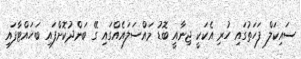
ސައިކަލް ފަހަތުގައި ހުރި އެކަކީ ޖިނާއީ ބޮޑު މައްސަލައެއްގައި ގޭ ބަންދުކޮށްފައި ބަހައްޓާފައި